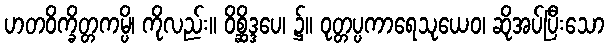
ဟတဝိက္ခိတ္တကမ္ပိ၊ ကိုလည်း။ ဝိစ္ဆိဒ္ဒပေ၊ ၌။ ဝုတ္တပ္ပကာရေသုယေဝ၊ ဆိုအပ်ပြီးသော